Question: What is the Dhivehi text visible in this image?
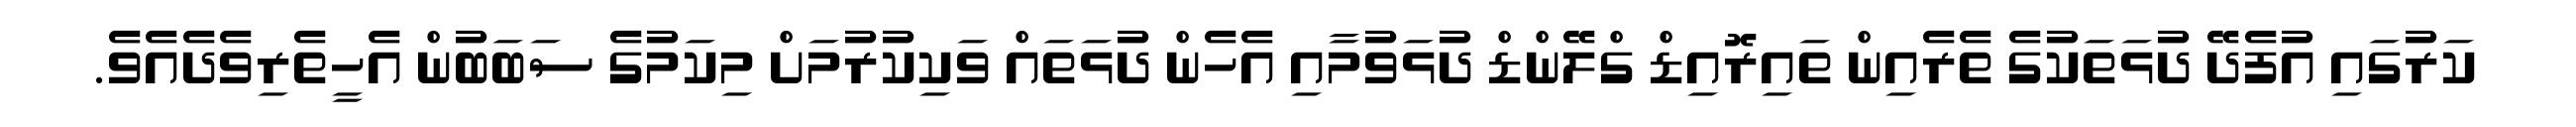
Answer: ކަރުގައި އުފެދޭ ދުޅަތަކުގެ ތެރެއިން ތައިރޮއިޑް ގްލޭންޑް ދުޅަވުމާއި އެހެން ދުޅަތައް ވަކިކުރުމަށް މިކަމުގެ ސަބަބުން އެހީތެރިވެދެއެވެ.